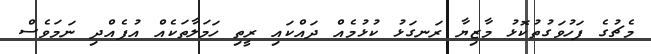
މެޗުގެ ފަހުވަގުތުކޮޅު މާޒިޔާ ރަނގަޅު ކުޅުމެއް ދައްކައި ރީތި ހަމަލާތަކެއް އުފެއްދި ނަމަވެސް